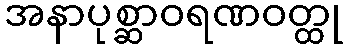
အနာပုစ္ဆာဝရဏဝတ္ထု